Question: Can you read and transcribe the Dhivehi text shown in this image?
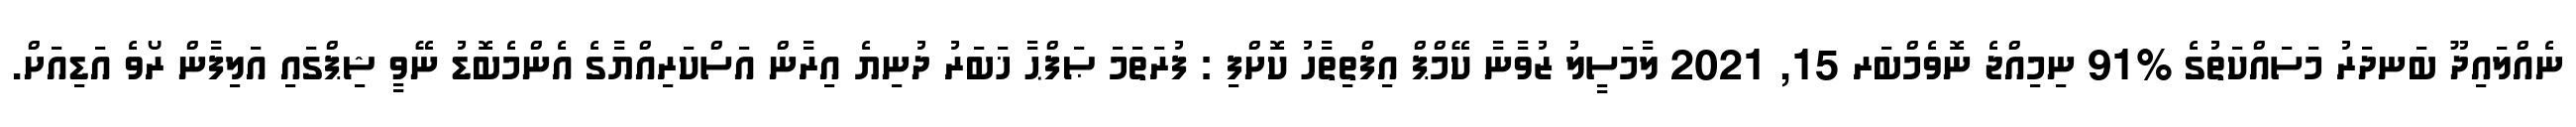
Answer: ނެއްލައިދޫ ބަނދަރު މަސައްކަތުގެ %91 ނިމިއްޖެ ނޮވެމްބަރ 15, 2021 ލާމަސީލު ޒުވާނާ ކޭމްޕް އިފްތިތާހު ކޮށްފި : ފުރަތަމަ ޞަފްޙާ ޚަބަރު ދުނިޔެ އިރާން އަސްކަރިއްޔާގެ އެންމެބޮޑު ނޭވީ ޝިޕްގައި އަލިފާން ރޯވެ އަޑިއަށް.